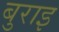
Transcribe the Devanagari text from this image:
बुराइ